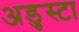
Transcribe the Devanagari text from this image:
अडुस्टा